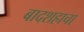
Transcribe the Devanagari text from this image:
बादशहाचा